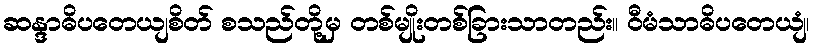
ဆန္ဒာဓိပတေယျစိတ် စသည်တို့မှ တစ်မျိုးတစ်ခြားသာတည်း။ ဝီမံသာဓိပတေယျံ၊